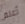
أعلم